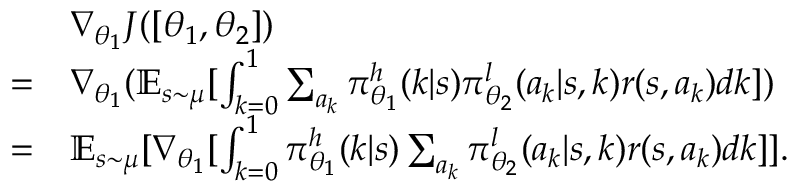
\begin{array} { r l } & { \nabla _ { \theta _ { 1 } } J ( \left[ \theta _ { 1 } , \theta _ { 2 } \right] ) } \\ { = } & { \nabla _ { \theta _ { 1 } } ( \mathbb { E } _ { s \sim \mu } [ \int _ { k = 0 } ^ { 1 } \sum _ { a _ { k } } \pi _ { \theta _ { 1 } } ^ { h } ( k | s ) \pi _ { \theta _ { 2 } } ^ { l } ( a _ { k } | s , k ) r ( s , a _ { k } ) d k ] ) } \\ { = } & { \mathbb { E } _ { s \sim \mu } [ \nabla _ { \theta _ { 1 } } [ \int _ { k = 0 } ^ { 1 } \pi _ { \theta _ { 1 } } ^ { h } ( k | s ) \sum _ { a _ { k } } \pi _ { \theta _ { 2 } } ^ { l } ( a _ { k } | s , k ) r ( s , a _ { k } ) d k ] ] . } \end{array}